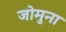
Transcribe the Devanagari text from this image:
जोमुना